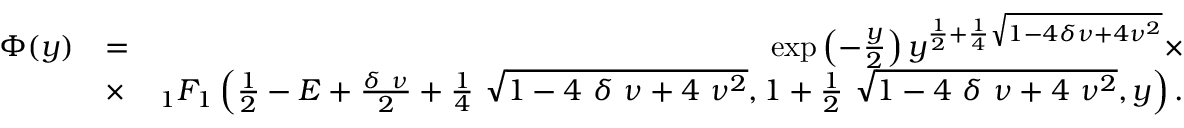
\begin{array} { r l r } { \Phi ( y ) } & { = } & { \exp \left( - \frac { y } { 2 } \right) y ^ { \frac { 1 } { 2 } + \frac { 1 } { 4 } \sqrt { 1 - 4 \delta \nu + 4 \nu ^ { 2 } } } \times } \\ & { \times } & { _ { 1 } F _ { 1 } \left( \frac { 1 } { 2 } - E + \frac { \delta ~ \nu } { 2 } + \frac { 1 } { 4 } ~ \sqrt { 1 - 4 ~ \delta ~ \nu + 4 ~ \nu ^ { 2 } } , 1 + \frac { 1 } { 2 } ~ \sqrt { 1 - 4 ~ \delta ~ \nu + 4 ~ \nu ^ { 2 } } , y \right) . } \end{array}